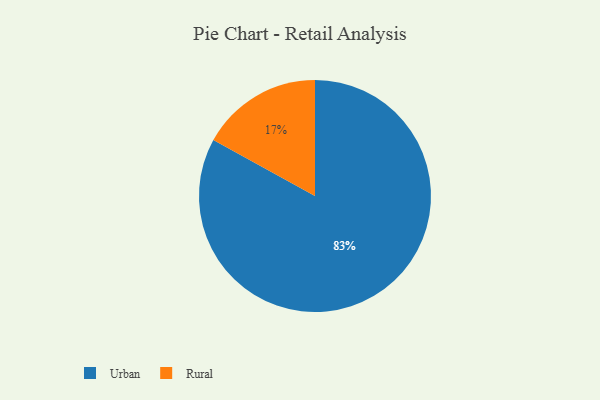
{"axis": {"x": "Category", "y": "Percentage"}, "legend": ["Rural", "Urban"], "data": [{"x": "Urban", "y": 83, "type": "Urban"}, {"x": "Rural", "y": 17, "type": "Rural"}]}